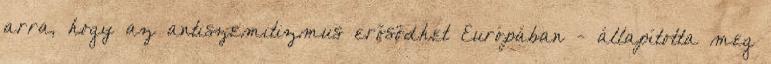
arra, hogy az antiszemitizmus erősödhet Európában - állapította meg